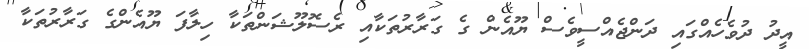
އީދު ދުވެހެއްގައި ދަންޖެއްސީވެސް ޔޫއެން ގެ ގަރާރުތަކާއި ރެސޮލޫޝަންތަކާ ހިލާފަ ޔޫއެންގެ ގަރާރުތަކާ